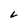
Character: L